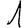
Digit: 1